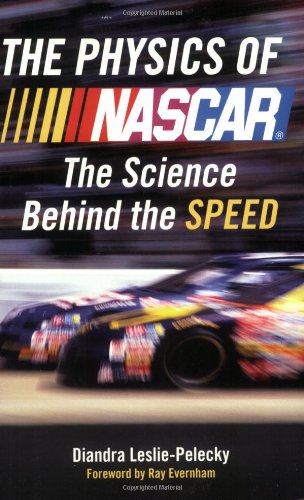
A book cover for The Physics of Nascar: The Science Behind the Speed; Diandra Leslie-Pelecky; Engineering & Transportation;